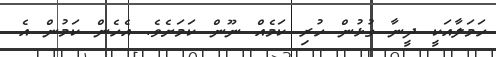
ހަމަލާއަކީ ދީނާ ގުޅުން ހުރި ކަމެއް ނޫން ކަމަށެވެ. އެހެން ކަމުން އެ